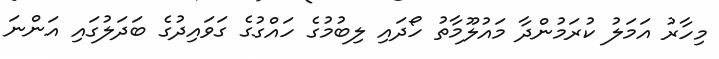
މިހާރު އަމަލު ކުރަމުންދާ މައުލޫމާތު ހޯދައި ލިބުމުގެ ހައްގުގެ ގަވައިދުގެ ބަދަލުގައި އަންނަ